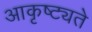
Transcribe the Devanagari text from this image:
आकृष्ट्यते